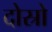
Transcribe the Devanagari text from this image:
दोस्रो